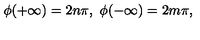
\phi ( + \infty ) = 2 n \pi , \ \phi ( - \infty ) = 2 m \pi ,